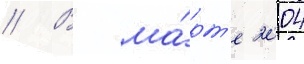
// В ма́рт'е 2004